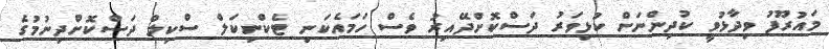
މައުރޫފު ވިދާޅުވީ ކުދިންނަށް ކުޅިވަރު ދަސްކޮށްދޭއިރު ވެސް ހަމައެކަނި ޓެކްނިކަލް ސްކިލް ދަސްކޮށްދިނުމުގެ